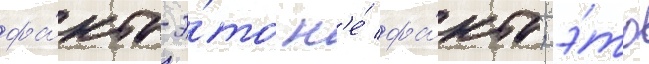
фа́кты-э́то н'е́ фа́кты; э́то